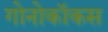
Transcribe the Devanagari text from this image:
गोनोकॉकस